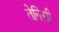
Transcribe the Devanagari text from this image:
तेनिसी